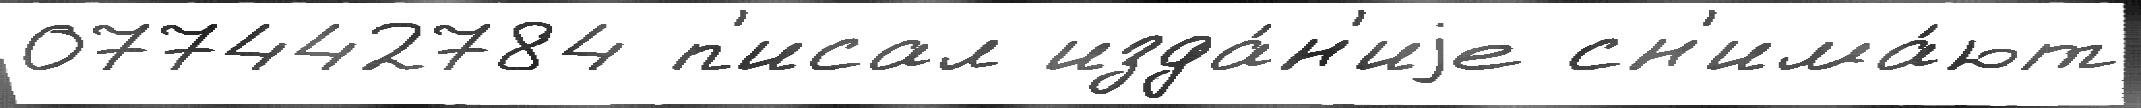
077442784 п'исал изда́н'иjе сн'има́ют